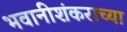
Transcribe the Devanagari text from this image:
भवानीशंकराच्या